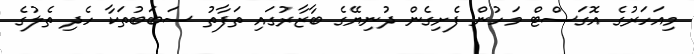
މިއަހަރުގެ އޮގަސްޓް މަހުން ފެށިގެން ދުނިޔޭގެ ބާޒާރުގައި ތަފާތު ސަބަބުތަކާ ހެދި ތެލުގެ